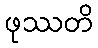
ဖုဿတိ